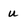
Character: u